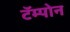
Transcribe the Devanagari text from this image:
टॅम्पोन